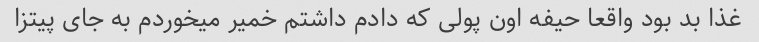
غذا بد بود واقعا حیفه اون پولی که دادم داشتم خمیر میخوردم به جای پیتزا